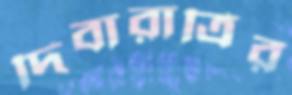
দিবারাত্রির